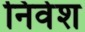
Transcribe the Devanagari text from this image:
निवेश